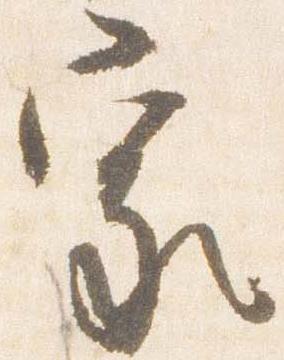
家